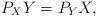
LaTeX: \begin{align*} P_XY = P_YX, \end{align*}